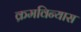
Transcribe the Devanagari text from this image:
क्रमविन्यास